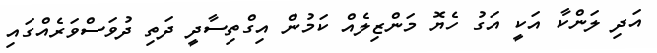
އަދި ލަންކާ އަކީ އަގު ހެޔޮ މަންޒިލެއް ކަމުން އިގްތިސާދީ ދަތި ދުވަސްވަރެއްގައި